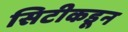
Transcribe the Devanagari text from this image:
सिटीकडून